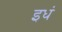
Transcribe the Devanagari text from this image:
इधं